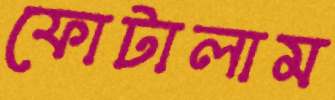
ফোটালাম